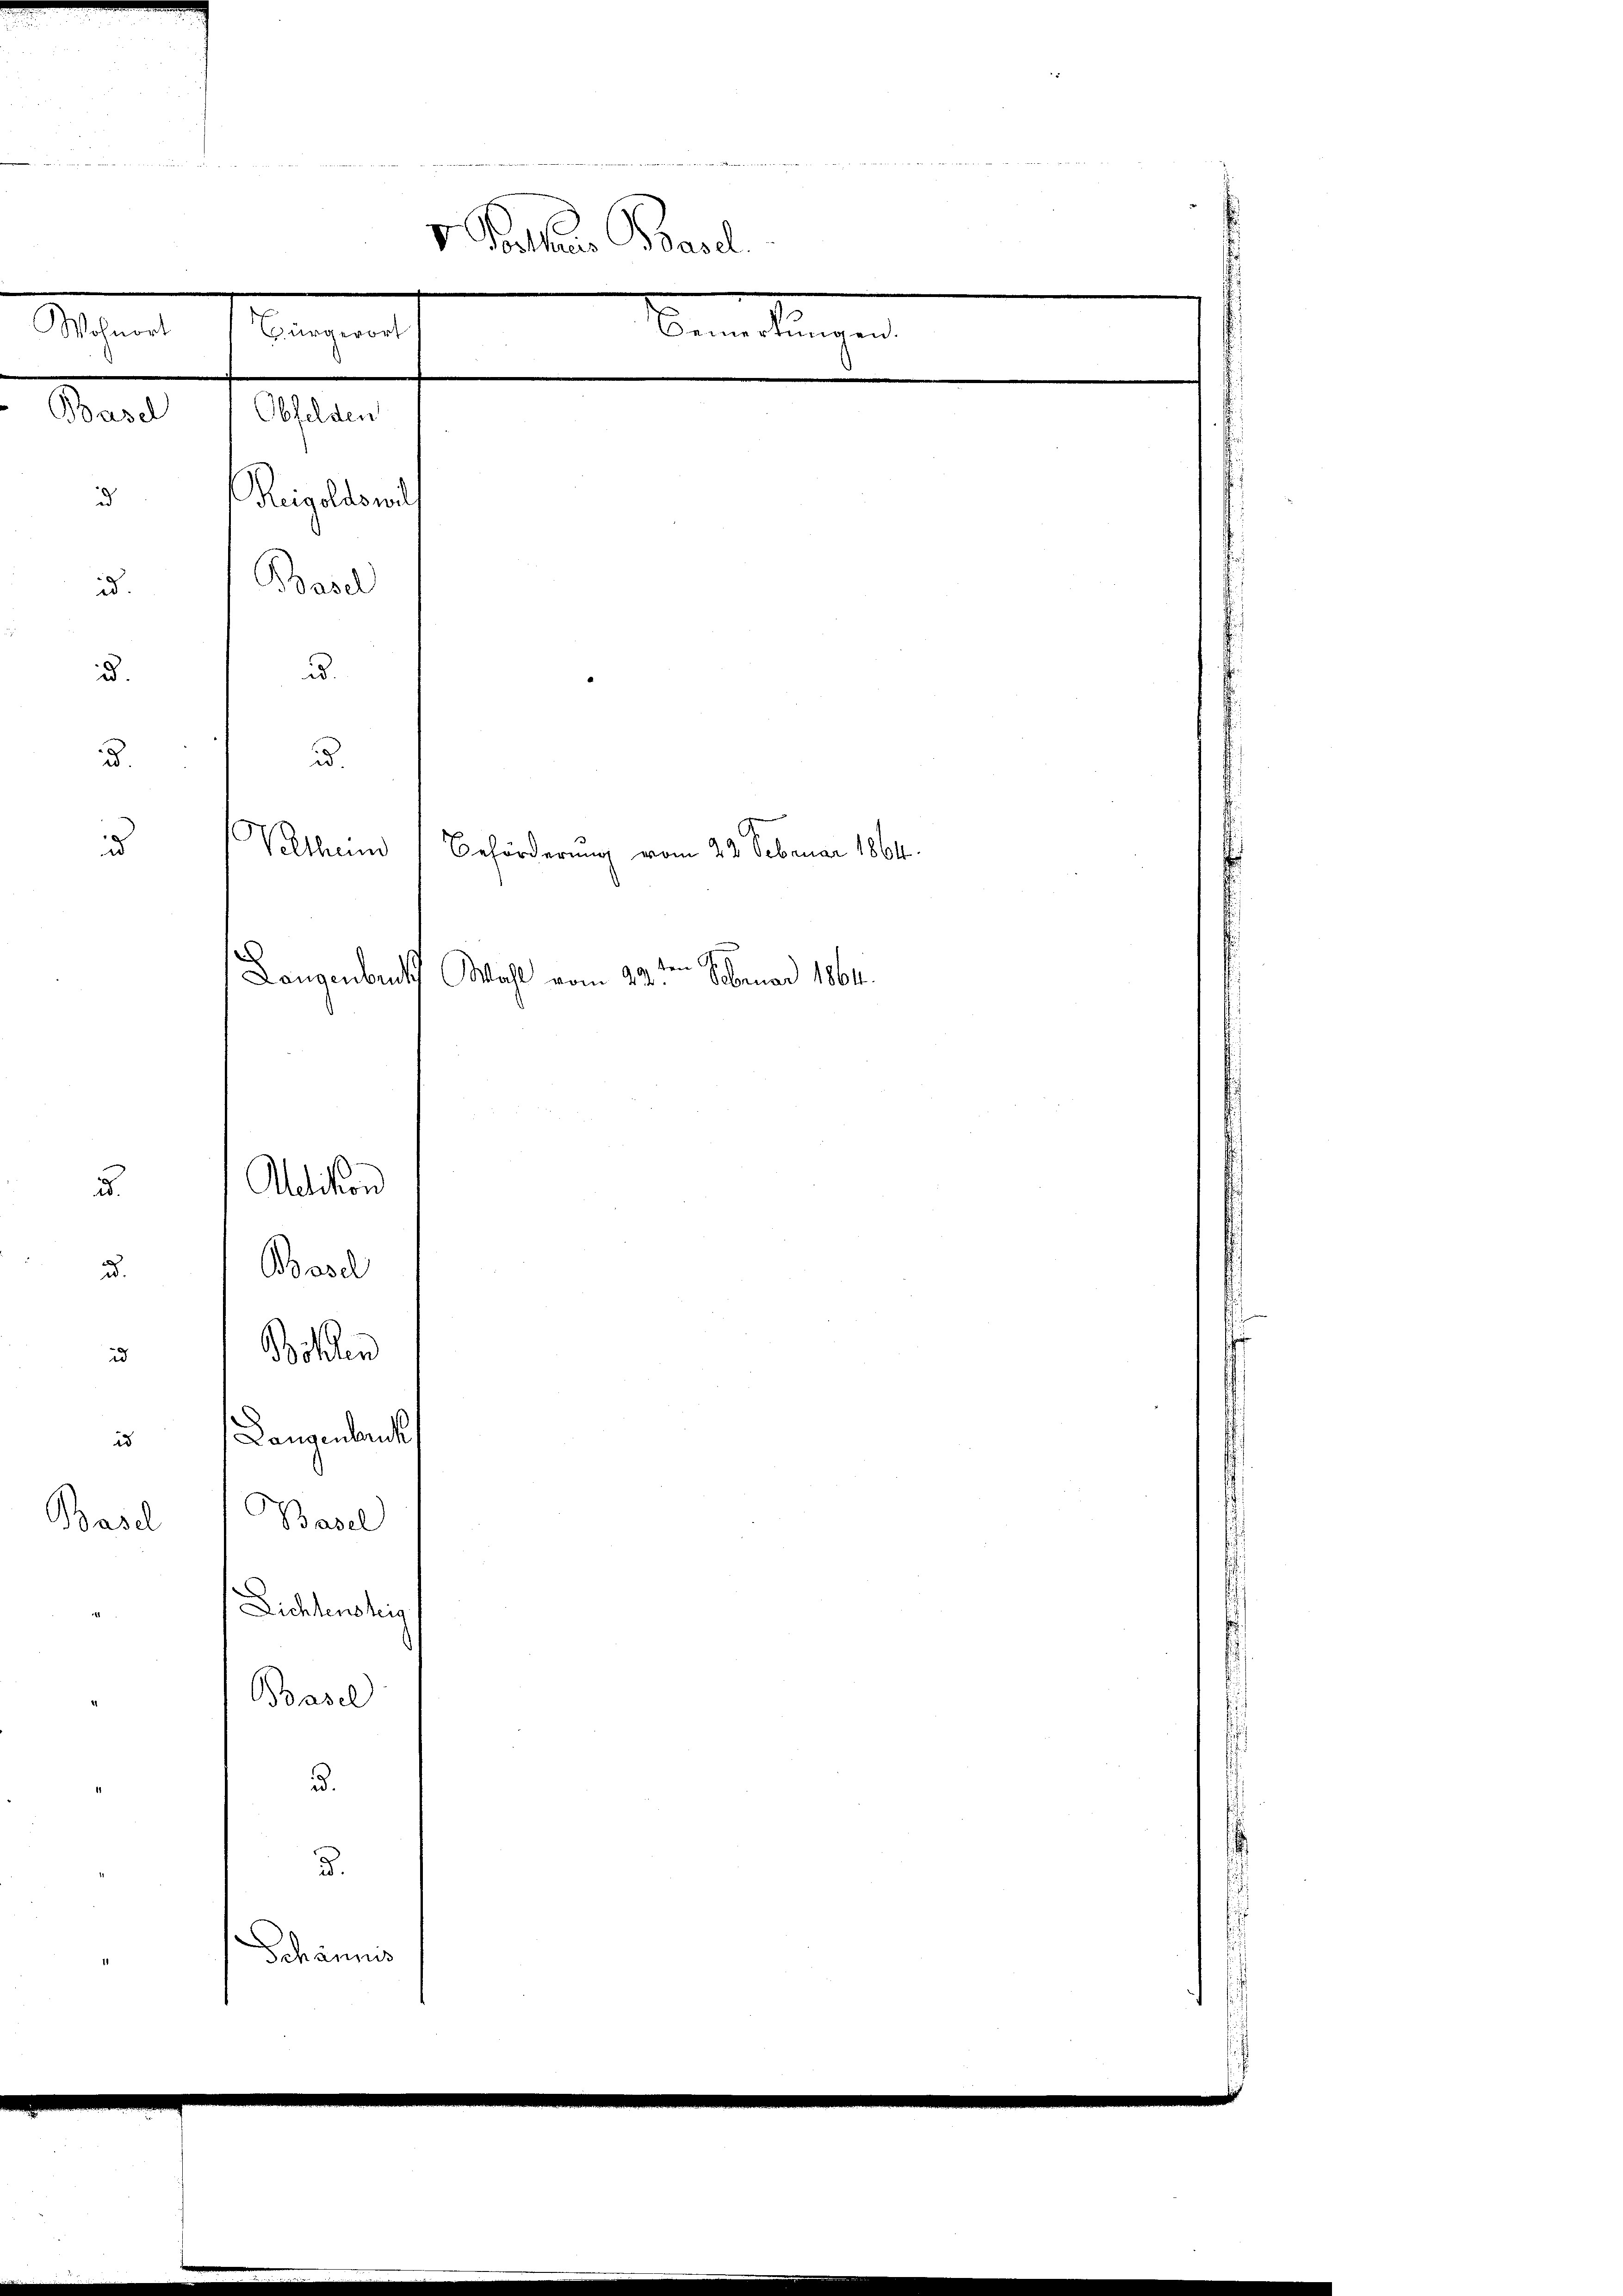
e
V. Peter Basel
Sachen Mangen
Bemerkungen.

¬

ud.
g
.
Basel
u.
Böhlen
u Langenbauk
Basel
Basel
Lichtensteig
Basel
.
d.
Schännis

d

d.

ud.

u.

Basel 1 Obfelden
Reiguldend
Basel

Votum

.

Allision

Beförderung vom 22. Februar 1864.

Langenbruck Wahl vom 22. Februar 1864.